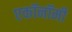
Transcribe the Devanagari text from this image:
एकॉनॉमी